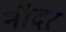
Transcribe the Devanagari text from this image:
नीदर